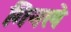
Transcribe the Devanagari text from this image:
गिनले